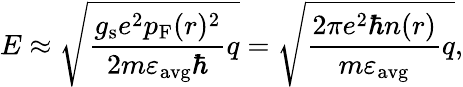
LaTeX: E\approx\sqrt{\frac{g_{\mathrm{s}}e^{2}p_{\mathrm{F}}(r)^{2}}{2m\varepsilon_{\mathrm{avg}}\hbar}q}=\sqrt{\frac{2\pi e^{2}\hbar n(r)}{m\varepsilon_{\mathrm{avg}}}q},